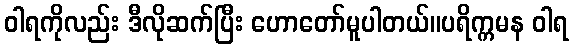
ဝါရကိုလည်း ဒီလိုဆက်ပြီး ဟောတော်မူပါတယ်။ပရိက္ကမန ဝါရ